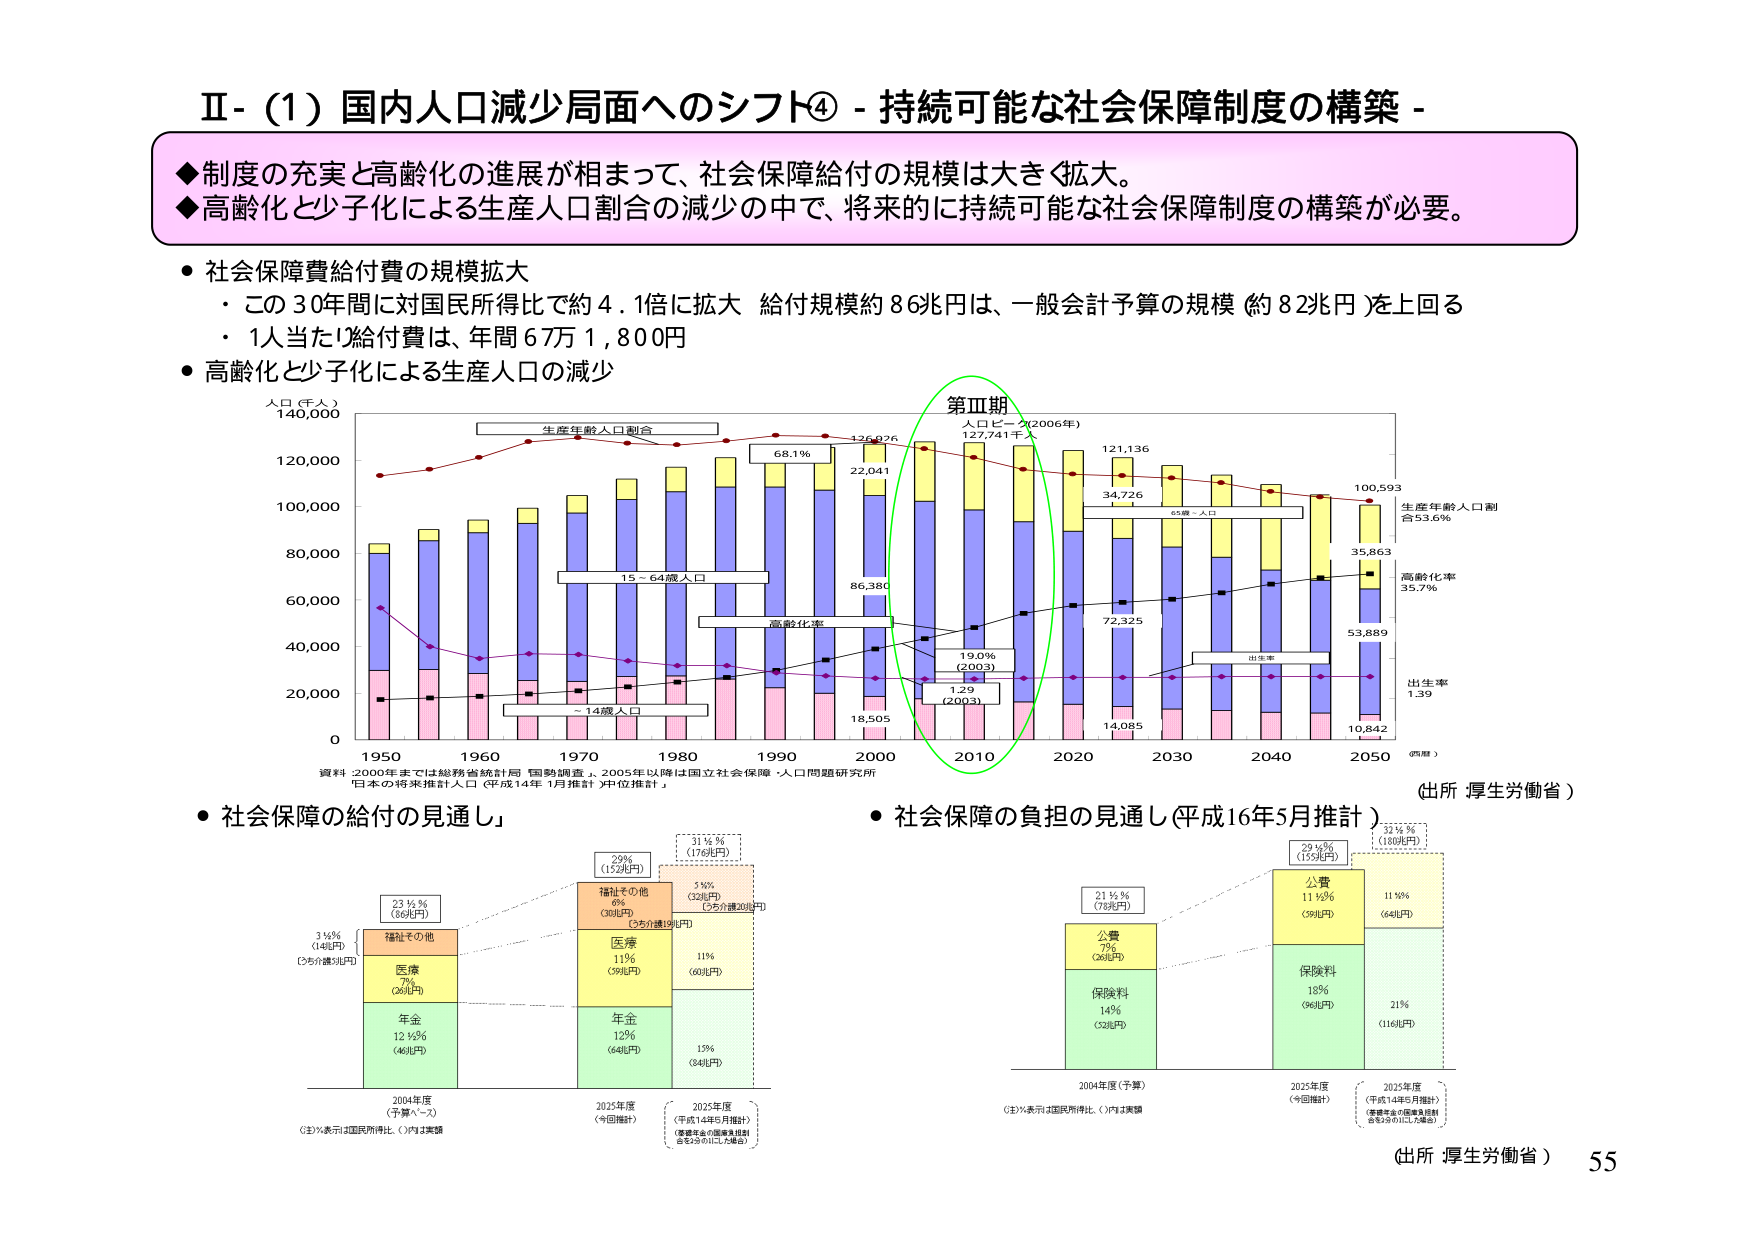
Ⅱ-（1）国内人口減少局面へのシフト④ - 持続可能な社会保障制度の構築 -

◆制度の充実と高齢化の進展が相まって、社会保障給付の規模は大きく拡大。
◆高齢化と少子化による生産人口割合の減少の中で、将来的に持続可能な社会保障制度の構築が必要。

・社会保障費給付費の規模拡大
　・この30年間に対国民所得比で約4.1倍に拡大　給付規模約86兆円は、一般会計予算の規模（約82兆円）を上回る
　・1人当たり給付費は、年間6万1,800円

・高齢化と少子化による生産人口の減少

人口（千人）
140,000
120,000
100,000
80,000
60,000
40,000
20,000
0

1950　1960　1970　1980　1990　2000　2010　2020　2030　2040　2050　（西暦）

生産年齢人口割合
15～64歳人口
～14歳人口
高齢化率
65歳～人口
出生率

126,926
68.1%
22,041
86,380
18,505
1.29
（2003）
19.0%
（2003）
127,741千人
人口ピーク（2006年）
121,136
34,726
72,325
14,085
100,593
35,863
53,889
10,842
1.39
生産年齢人口割合53.6%
高齢化率35.7%

資料：2000年までは総務省統計局「国勢調査」、2005年以降は国立社会保障・人口問題研究所
「日本の将来推計人口（平成14年1月推計）中位推計」

（出所：厚生労働省）

・社会保障の給付の見通し」

2004年度
（予算ベース）
31/2%
（14兆円）
福祉その他
231/2%
（86兆円）
医療
7%
（26兆円）
年金
121/2%
（46兆円）

2025年度
（今回推計）
29%
（152兆円）
福祉その他
6%
（30兆円）
医療
11%
（39兆円）
年金
12%
（64兆円）
311/2%
（176兆円）
51/2%
（32兆円）
（うち介護19兆円）
11%
（60兆円）
15%
（84兆円）

（注）％表示は国民所得比、（　）内は実額

・社会保障の負担の見通し（平成16年5月推計）

2004年度（予算）
211/2%
（73兆円）
公費
7%
（26兆円）
保険料
14%
（52兆円）

2025年度
（今回推計）
291/2%
（152兆円）
公費
111/2%
（39兆円）
保険料
18%
（96兆円）

2025年度
（平成14年5月推計）
（年金基金の国庫負担割合を29％にした場合）
321/2%
（180兆円）
111/2%
（64兆円）
21%
（116兆円）

（注）％表示は国民所得比、（　）内は実額

（出所：厚生労働省）　55